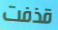
قذفت